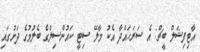
އާޓިފިޝަލް ބީޗް: އެ ސަރަހައްދާ އެކު މާލޭ ސިޓީ ކައުންސިލްގެ ބެލުމުގެ ދަށުގައި